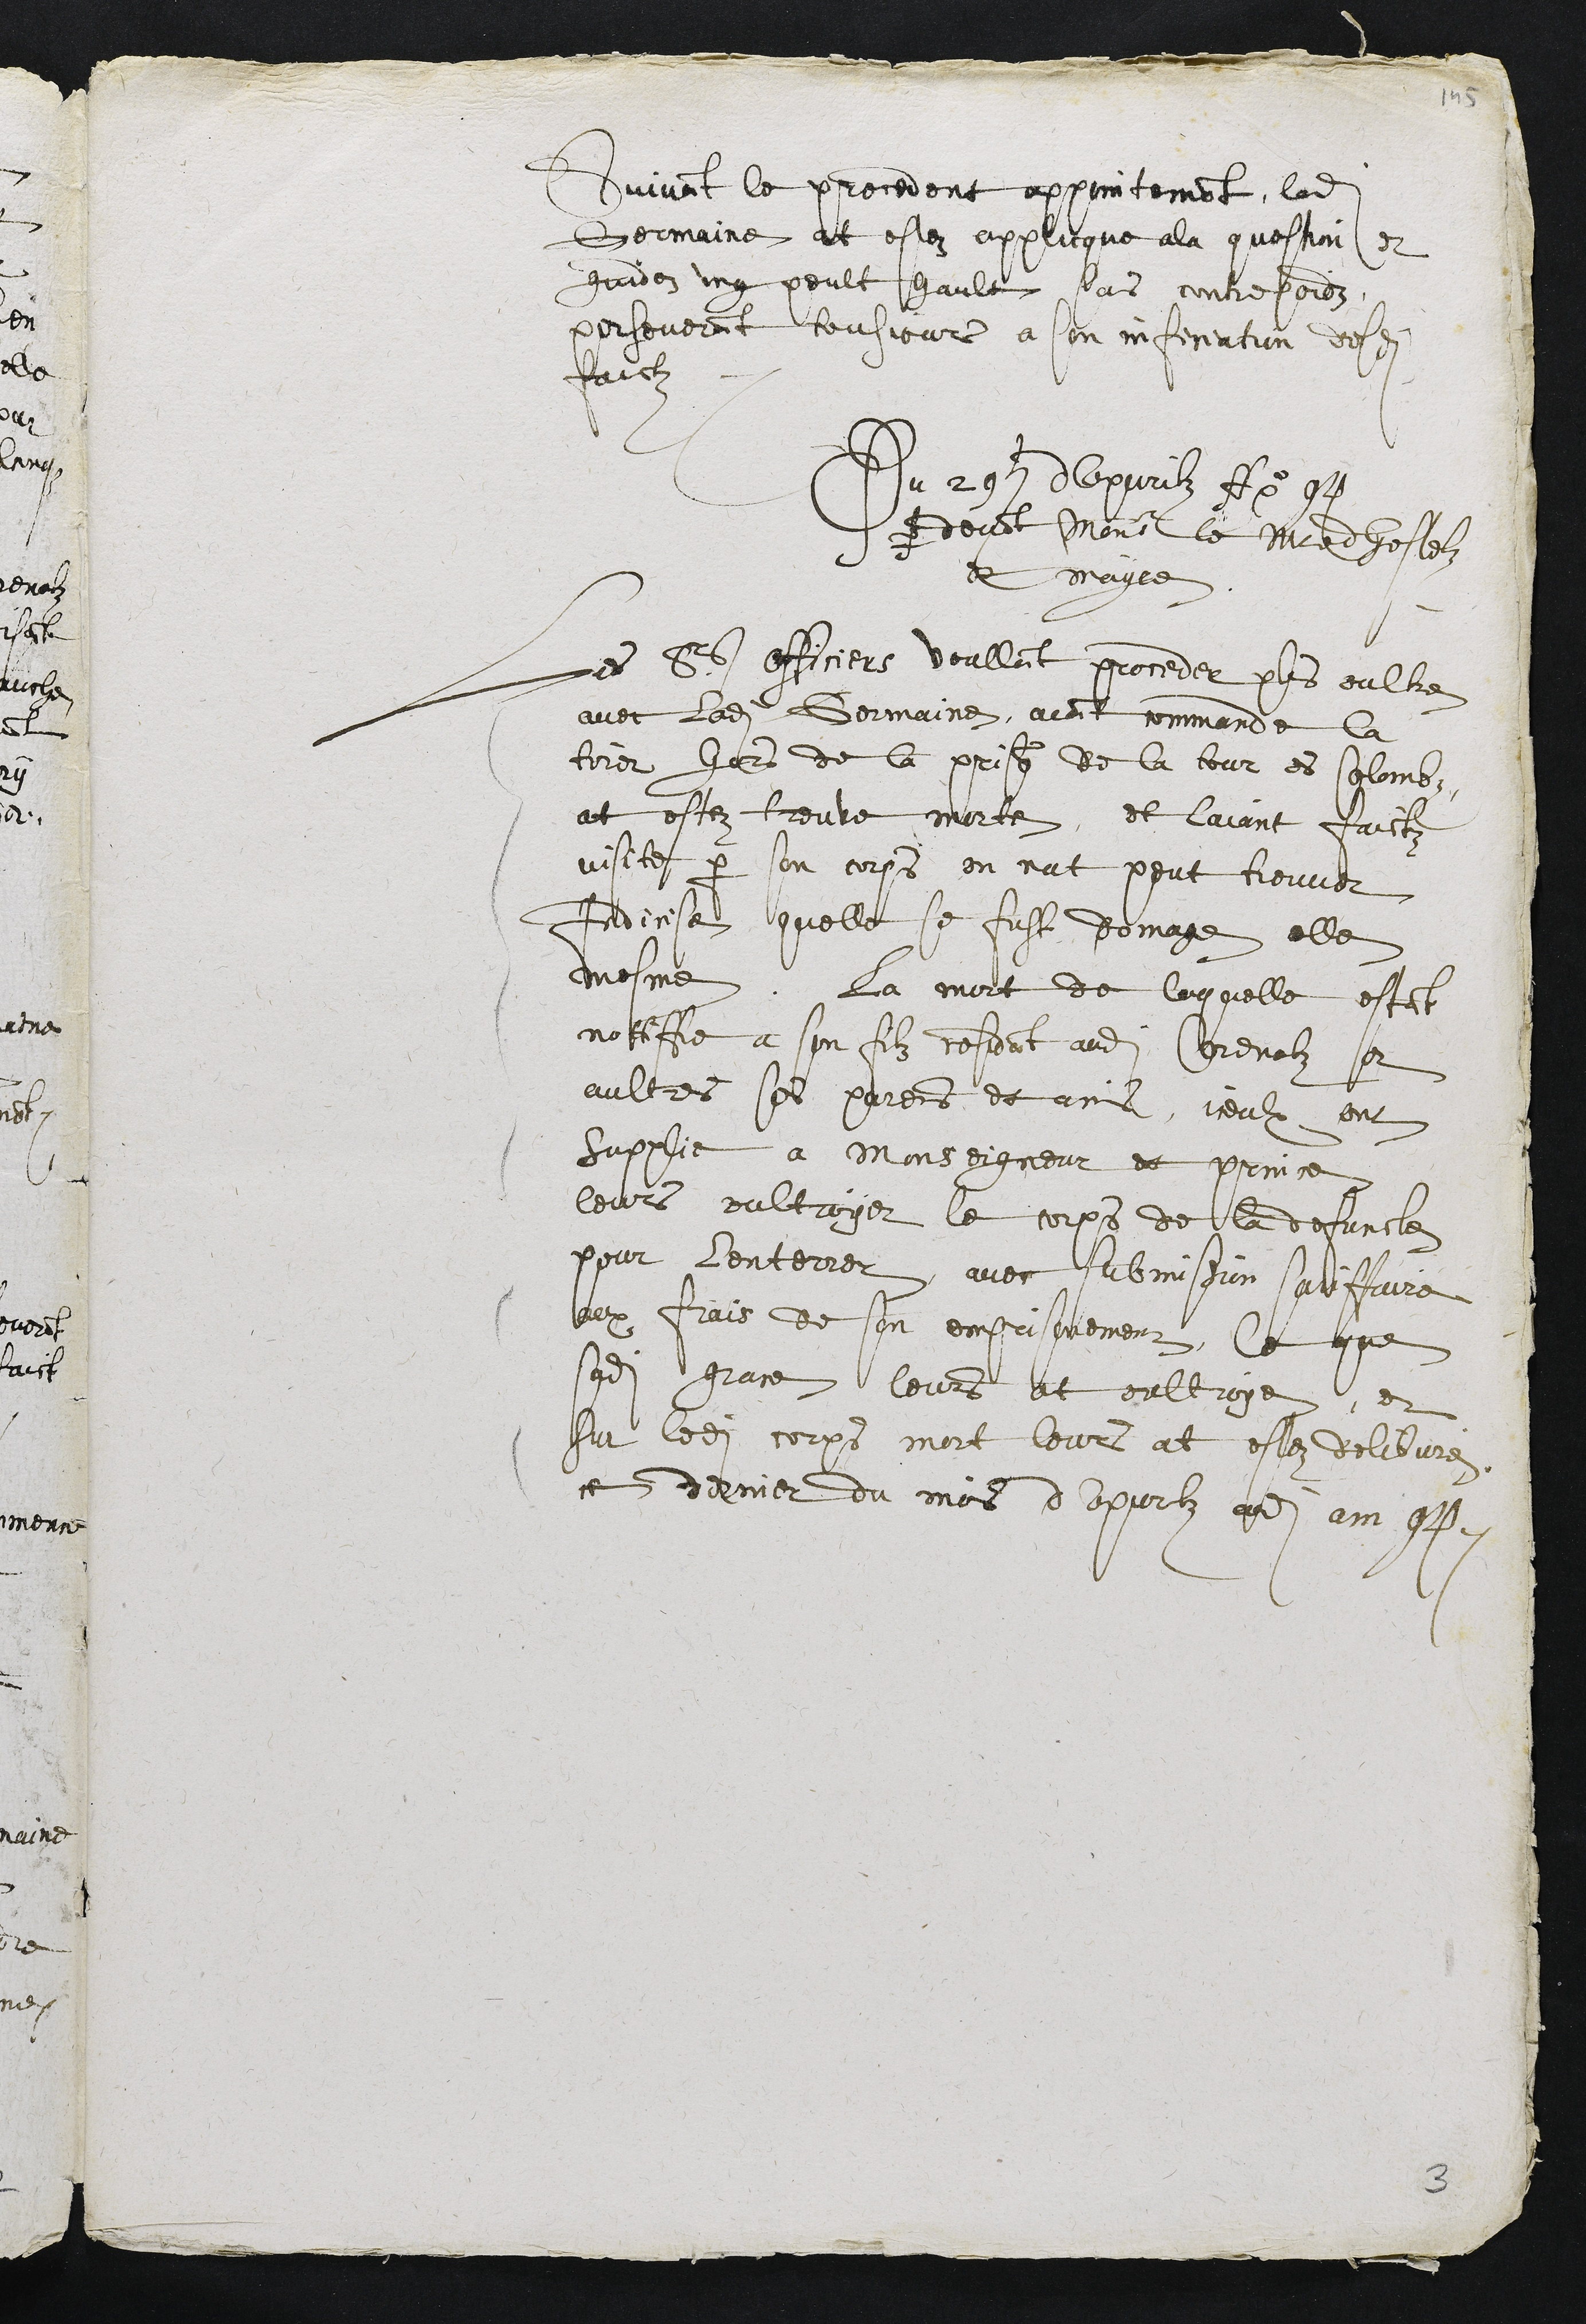
Suivant le precedent appointement, ladite
Germaine at estez applicque a la question et
guidez ung peult hault sans contrepoidz
perseverant tousjours a son inficiation desdits
faictz
Du 29e d'Apvrilz Ao 94
par devant Monsir le Maitre dhostelz
et mayre
Les Srs officiers voullant proceder plus oultre
avec ladite Germaine, avoint commande la
tirer hors de la prison de la tour es Colombz,
at estez treuve morte, et laiant faictz
visite par son corps on nat peut trouver
Indicise quelle se fust domage elle
mesme. La mort de laquelle estant
nottiffie a son filz residant audit Corenolz et
aultres ses parent et amis, iceulx ont
supplie a Monseigneur et prince
leurs oultroyer le corps de la defuncte
pour lenterrer avec submission satisfaire
aux frais de son emprisonement, Ce que
sadite grace leurs at oultroye, et
sur ledit corps mort leurs at estez delibvre
ce dernier du mois dapvrilz audit am 94.

3